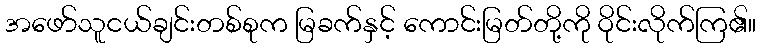
အဖော်သူငယ်ချင်းတစ်စုက မြခက်နှင့် ကောင်းမြတ်တို့ကို ဝိုင်းလိုက်ကြ၏။